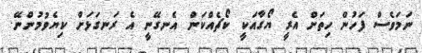
ނަމަވެސް ފަހުން ހިތަށް އެރީ ޔޯގާއަކީ ކޯޗެއްކަން އެނގޭނީ އެ ރަނގަޅަށް ކިޔެވުމުންނޭ.